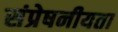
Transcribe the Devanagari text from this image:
संप्रेषनीयता